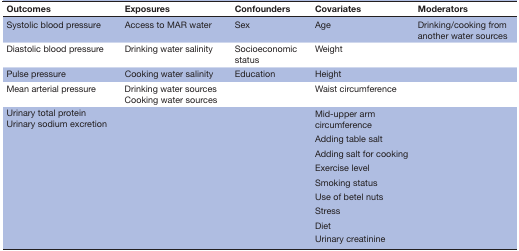
<table><thead><tr><td><b>Outcomes</b></td><td><b>Exposures</b></td><td><b>Confounders</b></td><td><b>Covariates</b></td><td><b>Moderators</b></td></tr></thead><tbody><tr><td>Systolic blood pressure</td><td>Access to MAR water</td><td>Sex</td><td>Age</td><td>Drinking/cooking from another water sources</td></tr><tr><td>Diastolic blood pressure</td><td>Drinking water salinity</td><td>Socioeconomic status</td><td>Weight</td><td></td></tr><tr><td>Pulse pressure</td><td>Cooking water salinity</td><td>Education</td><td>Height</td><td></td></tr><tr><td>Mean arterial pressure</td><td>Drinking water sources Cooking water sources</td><td></td><td>Waist circumference</td><td></td></tr><tr><td rowspan="9">Urinary total protein Urinary sodium excretion</td><td rowspan="9"></td><td rowspan="9"></td><td>Mid-upper arm circumference</td><td rowspan="9"></td></tr><tr><td>Adding table salt</td></tr><tr><td>Adding salt for cooking</td></tr><tr><td>Exercise level</td></tr><tr><td>Smoking status</td></tr><tr><td>Use of betel nuts</td></tr><tr><td>Stress</td></tr><tr><td>Diet</td></tr><tr><td>Urinary creatinine</td></tr></tbody></table>